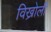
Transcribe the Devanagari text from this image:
विख्रोली